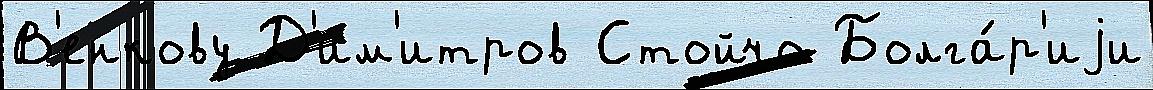
В'енкову Д'им'итров Стойчо Болга́р'иjи